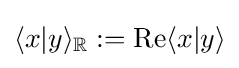
\langle x|y\rangle _{\mathbb {R} }:=\operatorname {Re} \langle x|y\rangle